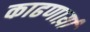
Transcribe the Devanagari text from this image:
काढणार्य़ा